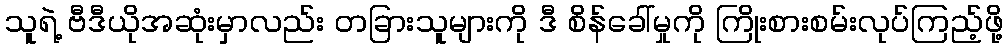
သူရဲ့ ဗီဒီယိုအဆုံးမှာလည်း တခြားသူများကို ဒီ စိန်ခေါ်မှုကို ကြိုးစားစမ်းလုပ်ကြည့်ဖို့